Rae_vallavalitsus, lk 96
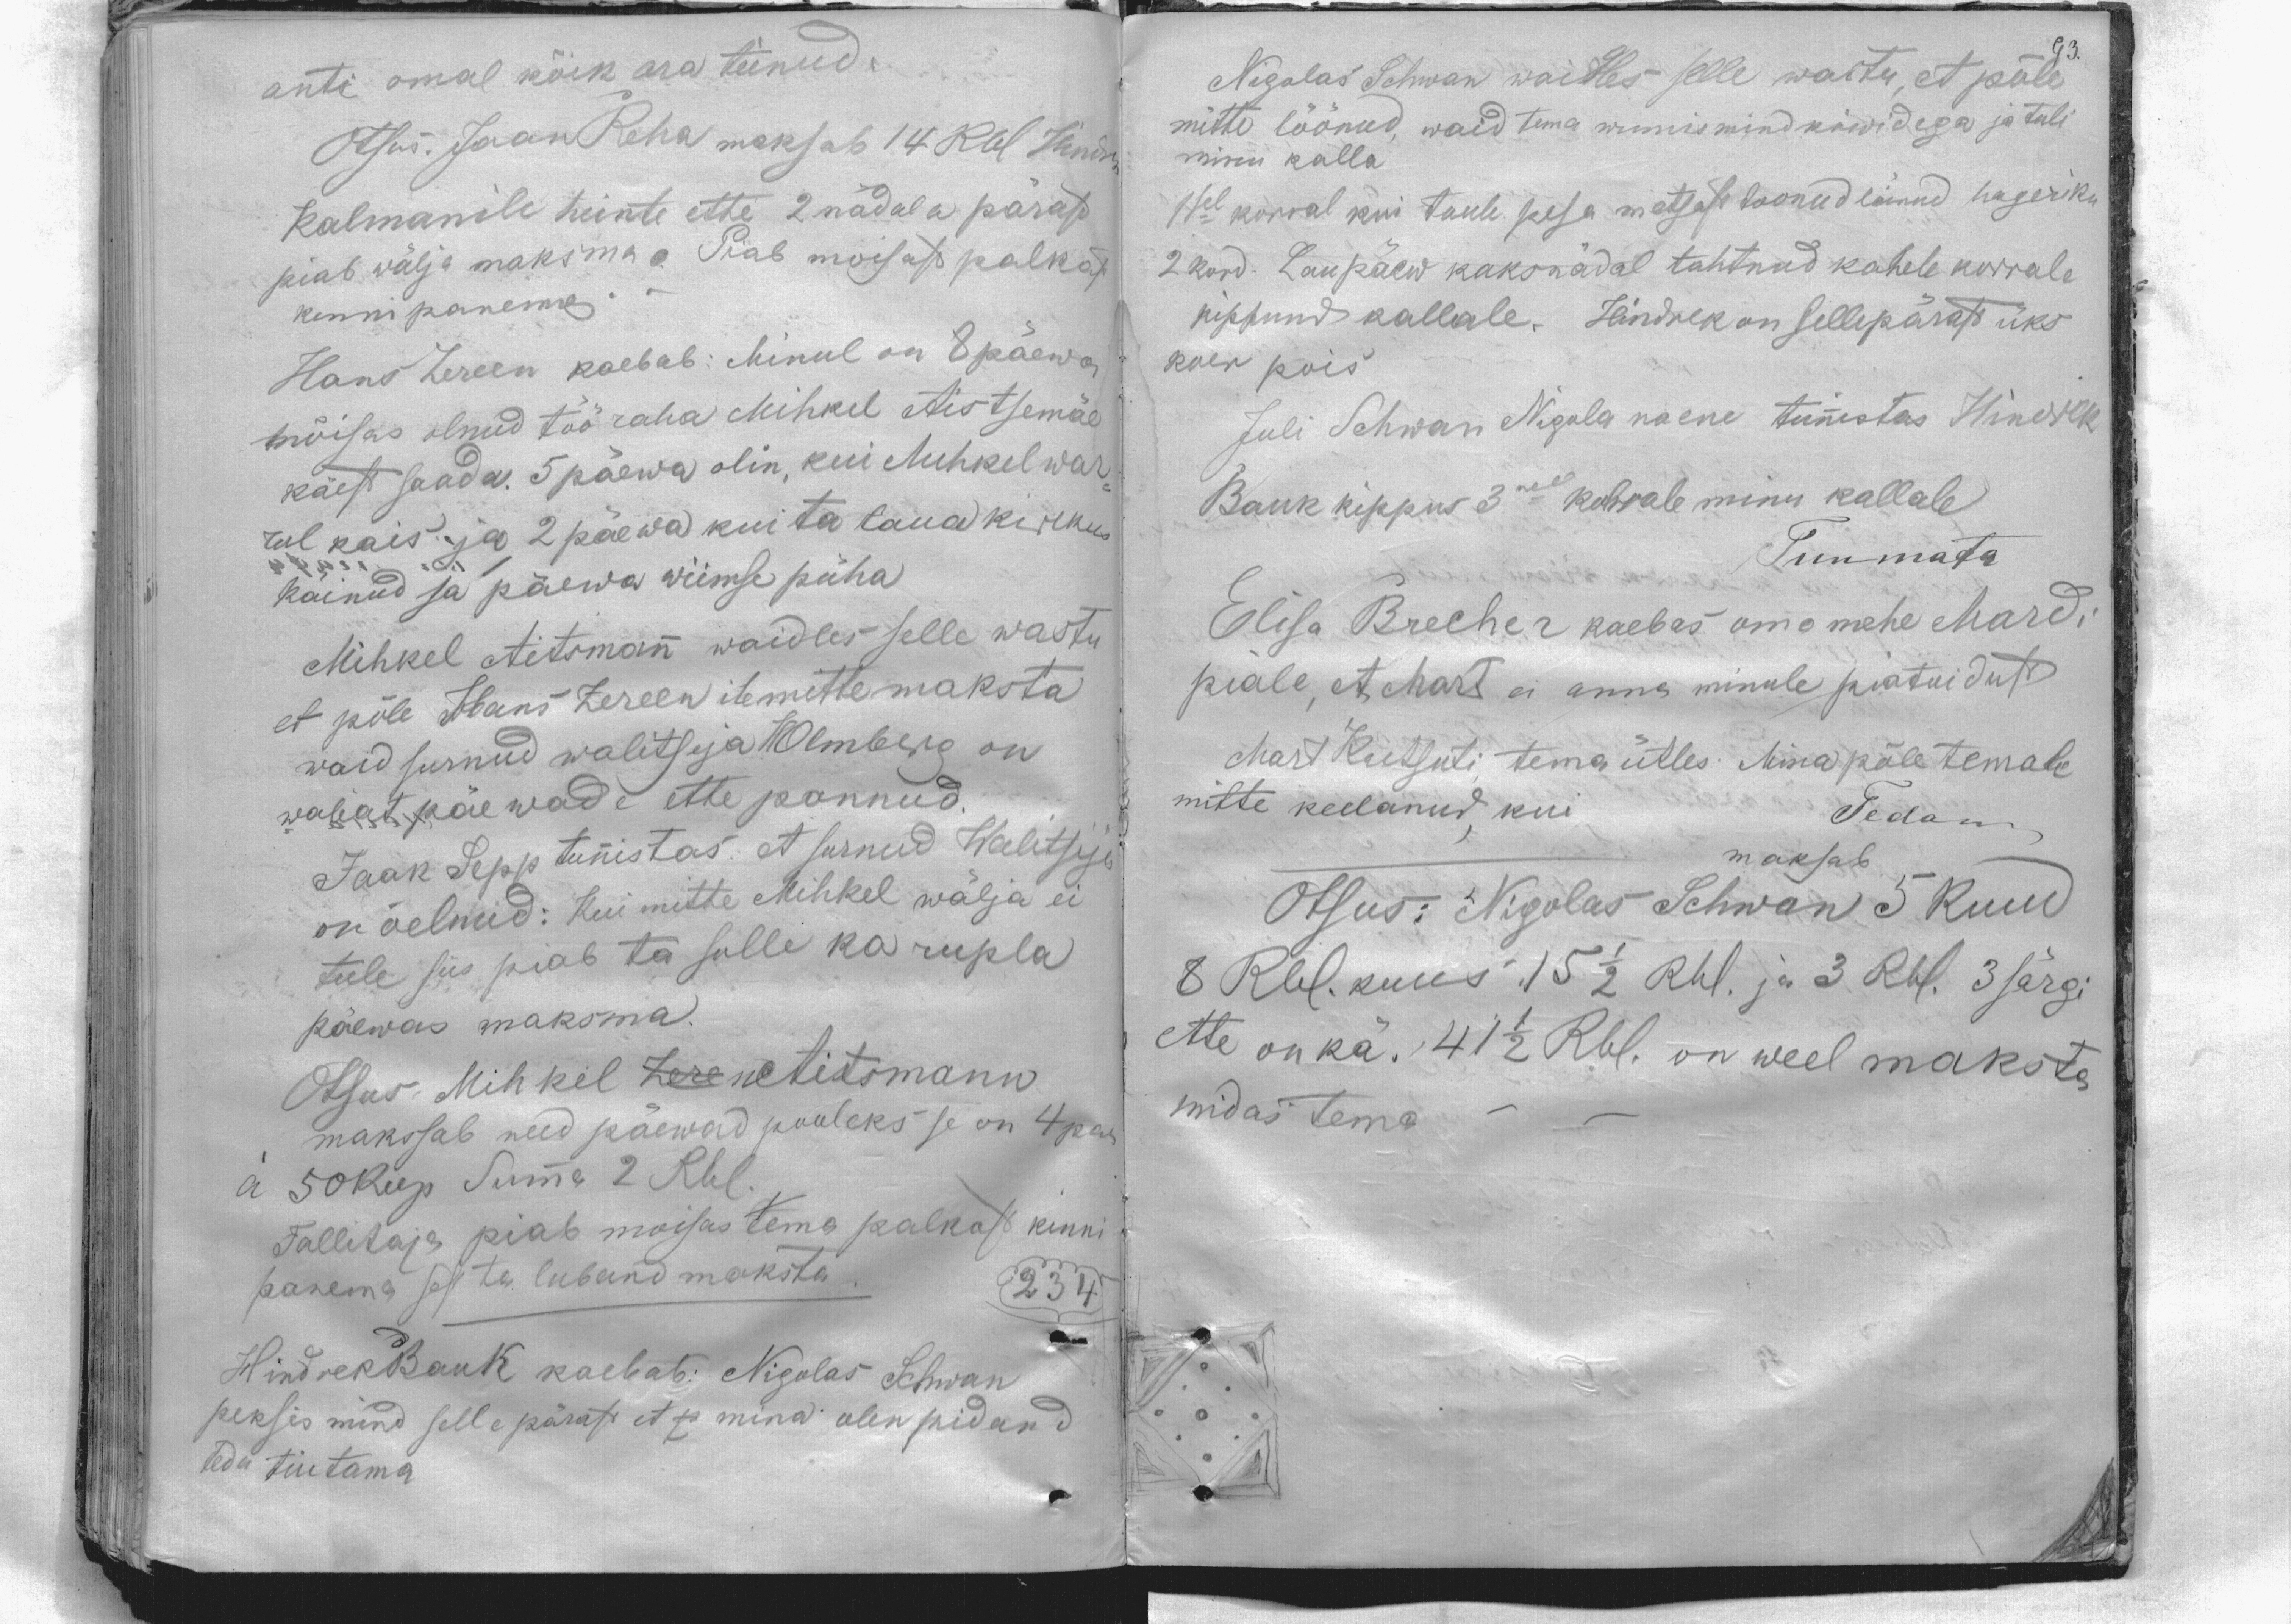
anti omal kõik ara teinud.
Otsus. Jaan Reha maksab 14 Rbl Hendrik
Kalmanile heinte ette 2 nädala pärast
piab wälja maksma. Piab moisast palkast
kinni panema
Hans Zereen kaebab: Minul on 8 päewa
mõisas olnud töö raha Mihkel Aistsemäe
käest saada. 5 päewa olin, kui Mihkel war-
rul kais ja 2 päewa kui ta laua kirikus
käinud ja päewa wiimse püha
Mihkel Aitsmann waidles selle wastu
et põle Hans Zereenile mitte maksta
waid surnud walitseja HOlmberg on
wabat päewade ette pannud.
Jaak Sepp tunnistas, et surnud Walitseja
on öelnud: Kui mitte Mihkel wälja ei
tule siis peab ta sulle ka rupla
päewas maksma.
Otsus. Mihkel ZerenAitsmann
makssab need päewad pooleks se on 4 pae
à  50 kop Summa 2 Rbl.
Tallitaja piab moisas tema palkast kinni
panema sest ta luband maksta.
234
Hindrek Bauk kaebab: Nigolas Schwan
peksis mind selle pärast et p mina olen pidand
teda tiutama

93.
Nigolas Schwan waidles selle wastu, et põle
mitte löönud, waid tema wumis mind kiwidega ja tuli
minu kalla
1sel korral kui tuule pesa metsast toonud läinud hageriku
2 kord. Laupäew kaks nädal tahtnud kahele korrale
kippund kallale. Hindrek on sellepärast üks
koer pois
Juli Schwan Nigula naene tunistas Hindrek
Bauk kippus 3mel korrale minu kallale
Tunmata
Elisa Brecher kaebas oma mehe Mardi
peale, et Mart ei anna minule piatoidust
Mart Kutsuti tema ütles. Mina põle temale
mitte keelanud, kui
Tedam
maksab
Otsus: Nigolas Schwan 5 kuud
8 Rbl. kuus 15 1/2 Rbl. ja 3 Rbl. 3 särgi
ette on kä. 41 1/2 Rbl. on weel maksta
midas tema